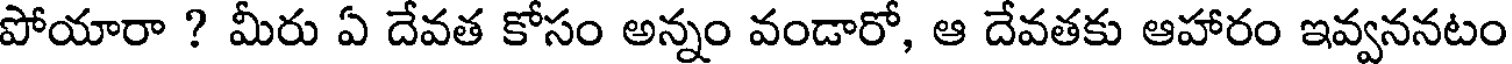
పోయారా ? మీరు ఏ దేవత కోసం అన్నం వండారో, ఆ దేవతకు ఆహారం ఇవ్వననటం